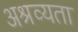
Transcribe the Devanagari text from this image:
अश्रव्यता